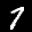
Label: 7